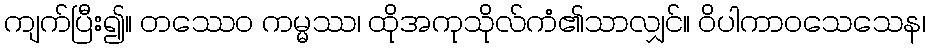
ကျက်ပြီး၍။ တဿေဝ ကမ္မဿ၊ ထိုအကုသိုလ်ကံ၏သာလျှင်။ ဝိပါကာဝသေသေန၊